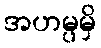
အဟမ္ပမှိ